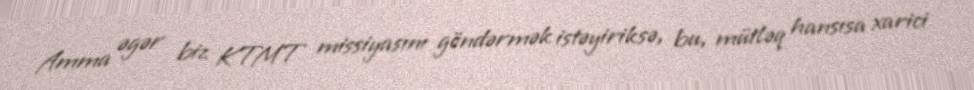
Amma əgər biz KTMT missiyasını göndərmək istəyiriksə, bu, mütləq hansısa xarici